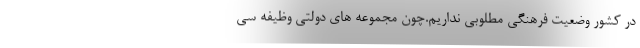
در کشور وضعیت فرهنگی مطلوبی نداریم.چون مجموعه ‌های دولتی وظیفه سی